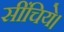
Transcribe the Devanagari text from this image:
सींचिये।